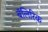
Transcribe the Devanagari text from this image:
बॅलिरिक